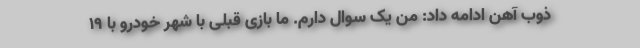
ذوب آهن ادامه داد: من یک سوال دارم. ما بازی قبلی با شهر خودرو با 19